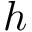
h